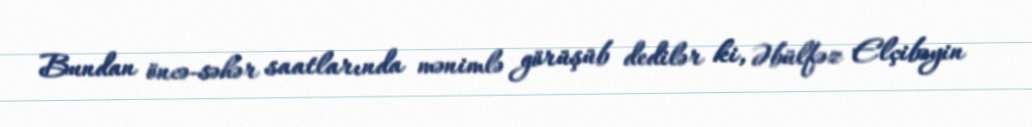
Bundan öncə-səhər saatlarında mənimlə görüşüb dedilər ki, Əbülfəz Elçibəyin